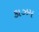
કાઝમ